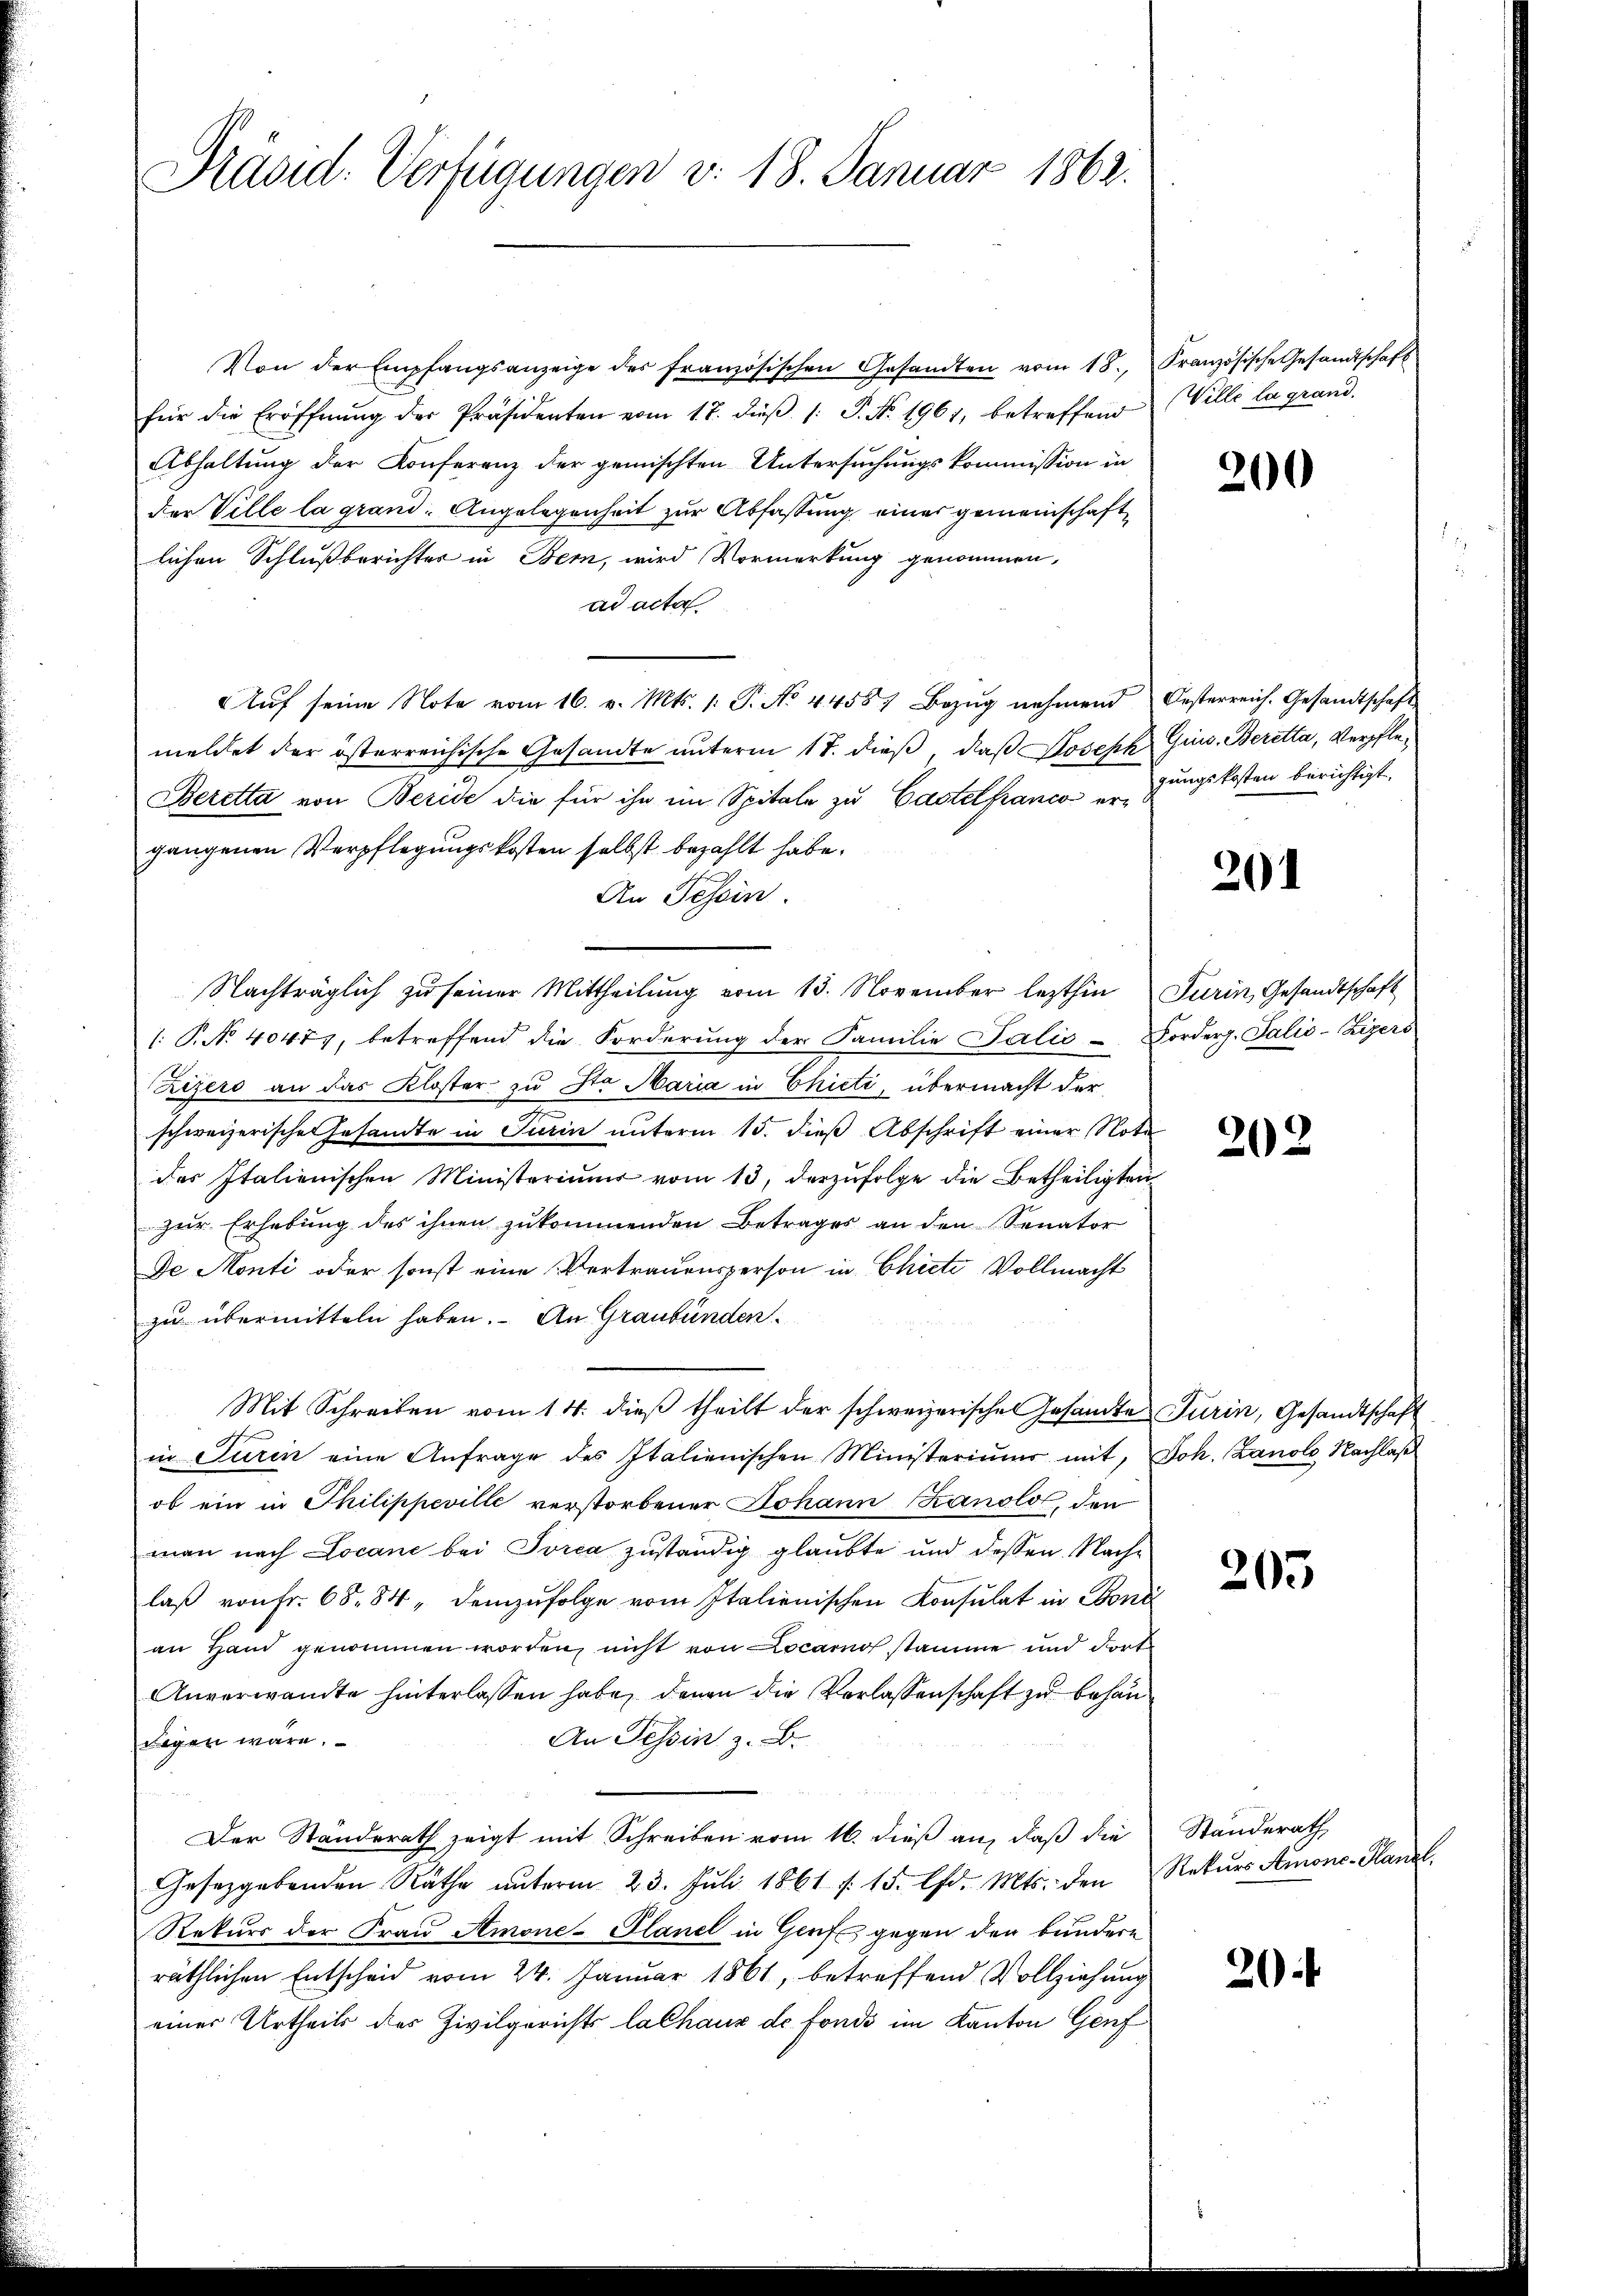
Präsid. Verfügungen v. 18. Januar 1862.

Von der Empfangsanzeige des französischen Gesandten vom 18.
für die Eröffnŭng der Präsidenten vom 17. diβ (: P. No. 1961, betreffend
Abhaltung der Konferenz der gemischten Untersuchungskommission in
der Velle la grand. Angelegenheit zur Abfassung einer gemeinschaftlichen Schlußberichter in Bern, wird Vormerkung genommen,
ad acta
Auf seine Note vom 16. v. Mts. 1. P. No 44557 Bezug nehmend
meldet der österreichische Gesandte unterm 17. dieß, daß Joseph Gins. Beretta, Verpfle¬
Beretta von Berede die für ihn im Spitale zu Castelfrance erdungskosten berichtigt.
gangenen Verpflegungskosten selbst bezahlt habe.
An Tessin.
Nachträglich zu seiner Mittheilung vom 13. November lezthin
1. P. Nr. 40477, betreffend die Forderung der Familie Talić - Forderg. Talić-Zizers
Zizers an das Kloster zu Sta Maria in Chicti, übermacht der
schweizerische Gesandte in Turin unterm 15. dieß Abschrift einer Nota
des Italienischen Ministerium vom 13. darzŭfolge die Betheiligten
zur Erhebung des ihnen zukommenden Betrages an den Senator
De Monti oder sonst eine Vertrauensperson in Chiete Vollmacht
zu übermitteln haben. An Graubünden.
Mit Schreiben vom 14. dieβ theilt der schweizerische Gesandte
in Turin eine Anfrage des Italienischen Ministeriums mit,
ob ein in Thilippeville verstorbener Johann Kanolo, den
man nach Locane bei Jorca zuständig glaubte und dessen Nachlaß von Fr. 68. 84, demzufolge vom Italienischen Konsulat in Boni
an Hand genommen worden, nicht von Locarno stamme und dort
Anverwandte hinterlassen habe, denen die Verlassenschaft zu behan¬
An Tessin z. B.
wegen wäre.
Der Standerath zeigt mit Schreiben vom 16. dieß an, daß die
Gesetzgebenden Rathe unterm 23. Juli 1861 f. 15. lfd. Mts. den
Rekurs der Frau Amone-Plane in Genf gegen den bundern
räthlichen Entscheid vom 24. Januar 1861, betreffend Vollziehung
einer Urtheils des Zivilgerichts lalhaux de fonds im Kanton Genf

Französische Gesandtschaft
Ville la grand.

200

Oesterreich. Gesandtschaft

201

Furin, Gesandtschaft

202

Turin, Gesandtschaft
Joh. Zanolo Nachlas

205

Standerath
Rekurs Amone-Kanzl

20